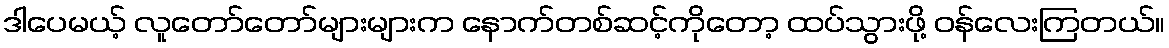
ဒါပေမယ့် လူတော်တော်များများက နောက်တစ်ဆင့်ကိုတော့ ထပ်သွားဖို့ ဝန်လေးကြတယ်။